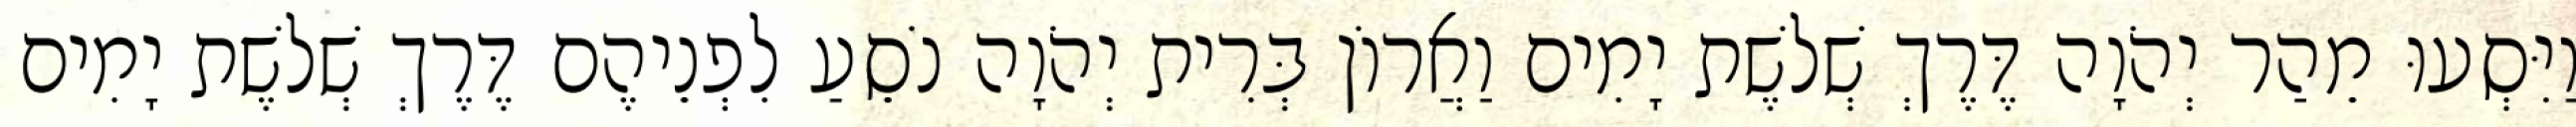
וַיִּסְעוּ מֵהַר יְהֹוָה דֶּרֶךְ שְׁלשֶׁת יָמִים וַאֲרוֹן בְּרִית יְהֹוָה נֹסֵעַ לִפְנֵיהֶם דֶּרֶךְ שְׁלשֶׁת יָמִים